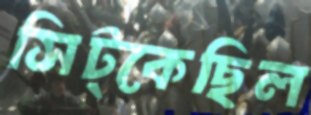
সিট্‌কেছিল